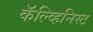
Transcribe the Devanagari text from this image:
कॅल्व्हिनिस्ट